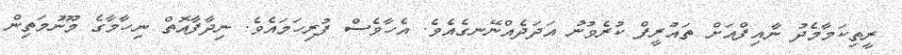
ރީތިކަމާމެދު ނާއިފްއަށް ތައުރީފް ކުރެވުނު އަދަދެއްނޭނގެއެވެ. އެހާވެސް ފުރިހަމައެވެ. ނިދާފާއޮތް ނިހާމާގެ މޫނުމަތިން